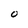
Character: 0